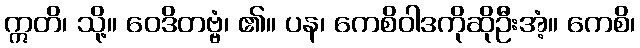
ဣတိ၊ သို့။ ဝေဒိတဗ္ဗံ၊ ၏။ ပန၊ ကေစိဝါဒကိုဆိုဦးအံ့။ ကေစိ၊